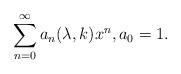
LaTeX: \begin{align*}\sum_{n=0}^{\infty}a_n(\lambda,k)x^{n},a_0=1. \end{align*}